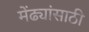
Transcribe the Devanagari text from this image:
मेंढ्यांसाठी